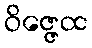
ဝိဇ္ဇေထ